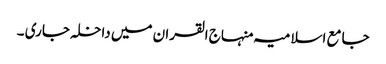
جامع اسلامیہ منہاج القران میں داخلہ جاری ۔